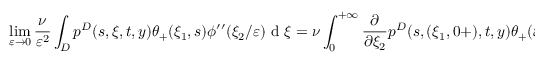
\operatorname* { l i m } _ { \varepsilon \to 0 } \frac { \nu } { \varepsilon ^ { 2 } } \int _ { D } p ^ { D } ( s , \xi , t , y ) \theta _ { + } ( \xi _ { 1 } , s ) \phi ^ { \prime \prime } ( \xi _ { 2 } / \varepsilon ) \textrm { d } \xi = \nu \int _ { 0 } ^ { + \infty } \frac { \partial } { \partial \xi _ { 2 } } p ^ { D } ( s , ( \xi _ { 1 } , 0 + ) , t , y ) \theta _ { + } ( \xi _ { 1 } , s ) \textrm { d } \xi _ { 1 } ,